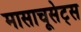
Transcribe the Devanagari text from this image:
मासाचूसेट्स